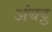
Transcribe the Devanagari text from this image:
अंबट्ठ